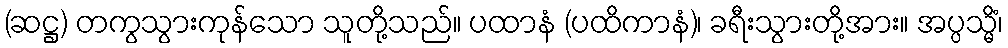
(ဆဋ္ဌ) တကွသွားကုန်သော သူတို့သည်။ ပထာနံ (ပထိကာနံ)၊ ခရီးသွားတို့အား။ အပ္ပသ္မိံ၊